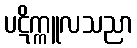
ပဋိက္ကူလသညာ